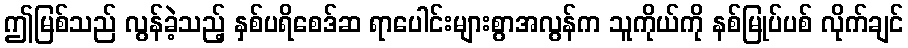
ဤမြစ်သည် လွန်ခဲ့သည့် နှစ်ပရိစေဒ်ဆ ရာပေါင်းများစွာအလွန်က သူကိုယ်ကို နစ်မြုပ်ပစ် လိုက်ချင်